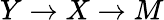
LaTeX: Y\rightarrow X\rightarrow M